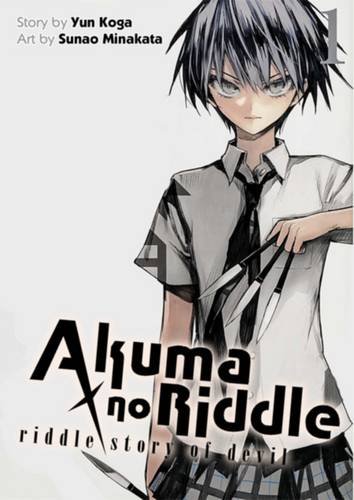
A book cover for Akuma no Riddle Vol. 1: Riddle Story of Devil (Akuma no Riddle: Riddle Story of Devil); Yun Kouga; Comics & Graphic Novels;